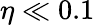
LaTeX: \eta\ll 0.1